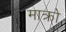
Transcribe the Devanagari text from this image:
माक्रो